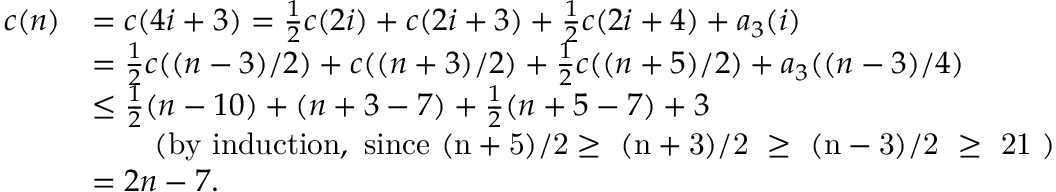
\begin{array} { r l } { c ( n ) } & { = c ( 4 i + 3 ) = { \frac { 1 } { 2 } } c ( 2 i ) + c ( 2 i + 3 ) + { \frac { 1 } { 2 } } c ( 2 i + 4 ) + a _ { 3 } ( i ) } \\ & { = { \frac { 1 } { 2 } } c ( ( n - 3 ) / 2 ) + c ( ( n + 3 ) / 2 ) + { \frac { 1 } { 2 } } c ( ( n + 5 ) / 2 ) + a _ { 3 } ( ( n - 3 ) / 4 ) } \\ & { \leq { \frac { 1 } { 2 } } ( n - 1 0 ) + ( n + 3 - 7 ) + { \frac { 1 } { 2 } } ( n + 5 - 7 ) + 3 } \\ & { \quad \quad \mathrm { ( b y ~ i n d u c t i o n , ~ s i n c e ~ ( n + 5 ) / 2 \geq ~ ( n + 3 ) / 2 ~ \geq ~ ( n - 3 ) / 2 ~ \geq ~ 2 1 ~ ) } } \\ & { = 2 n - 7 . } \end{array}